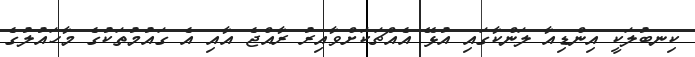
ކިނބުލަކީ އިންޑިއާ ލަންކާގައި އުޅޭ އެއްޗަކަށްވާއިރު ރާއްޖެ އާއި އެ ގައުމުތަކުގެ މާހައުލުގެ